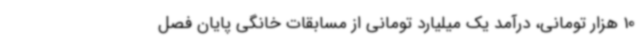
10 هزار تومانی، درآمد یک میلیارد تومانی از مسابقات خانگی پایان فصل